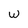
Character: W